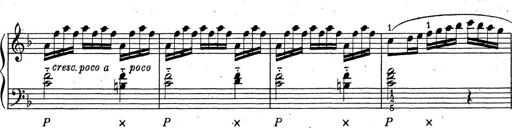
Title: ÄŒeskÃ© Sonatiny
Composer: Various